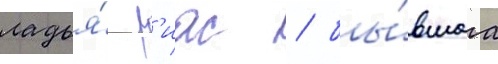
ладья́ р'иас / бы́вшаа